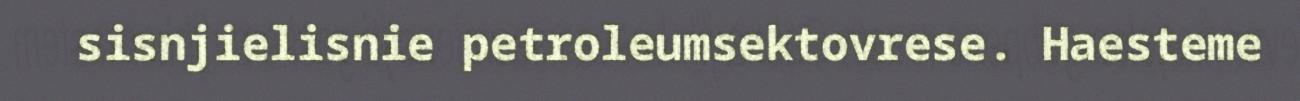
sisnjielisnie petroleumsektovrese. Haesteme